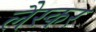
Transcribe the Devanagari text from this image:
लैस्कर